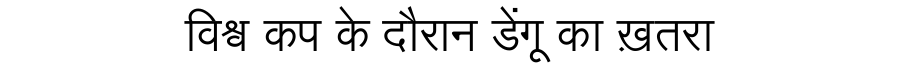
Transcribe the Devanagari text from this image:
विश्व कप के दौरान डेंगू का ख़तरा